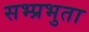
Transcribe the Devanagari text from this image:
सभ्प्रभुता